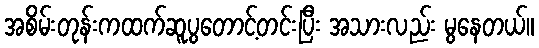
အစိမ်းတုန်းကထက်ဆူပွတောင့်တင်းပြီး အသားလည်း မွနေတယ်။